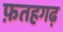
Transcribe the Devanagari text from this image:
फ़तहगढ़